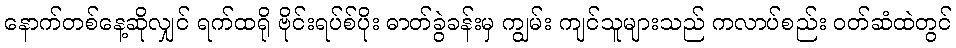
နောက်တစ်နေ့ဆိုလျှင် ရက်ထရို ဗိုင်းရပ်စ်ပိုး ဓာတ်ခွဲခန်းမှ ကျွမ်း ကျင်သူများသည် ကလာပ်စည်း ဝတ်ဆံထဲတွင်